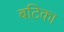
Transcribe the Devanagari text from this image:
बटिका